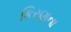
કિરણના